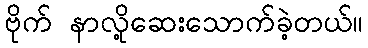
ဗိုက် နာလို့ဆေးသောက်ခဲ့တယ်။